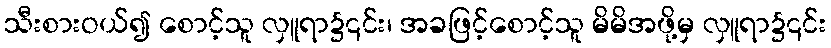
သီးစားဝယ်၍ စောင့်သူ လှူရာ၌၎င်း၊ အခဖြင့်စောင့်သူ မိမိအဖို့မှ လှူရာ၌၎င်း